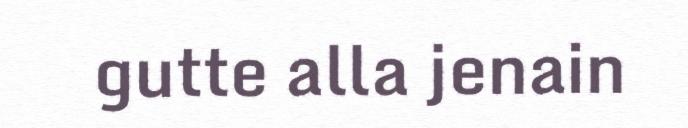
gutte alla jenain